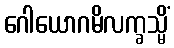
ဂေါယောဂမိလက္ခသ္မိံ